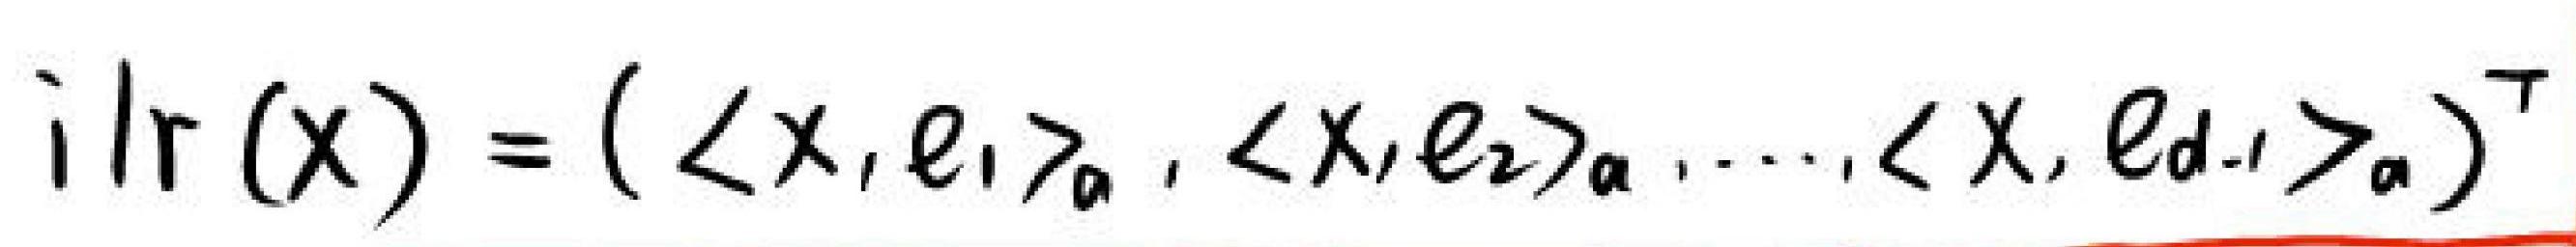
$ilr(x)=(\langle x,e_1\rangle_a,\langle x,e_2\rangle_a,\cdots,\langle x,e_{d - 1}\rangle_a)^{\top}$